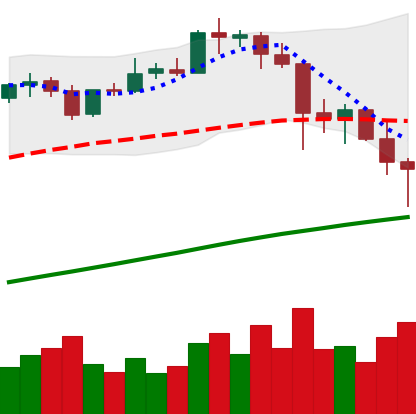
Ticker: BTC-USD
Chart end date: 2021-04-23
Forward return: 7.302%
Label: up_7plus